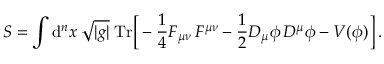
S = \int \mathrm { d } ^ { n } x \; \sqrt { | g | } \; \mathrm { T r } \Big [ - \frac { 1 } { 4 } F _ { \mu \nu } \, F ^ { \mu \nu } - \frac { 1 } { 2 } { D } _ { \mu } \phi \, { D } ^ { \mu } \phi - V ( \phi ) \Big ] \, .